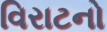
વિરાટનો